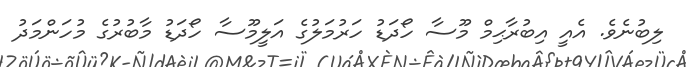
ލިބުނެވެ. އެއީ އިބުރާޙިމް މޫސާ ހޯދަޑު ހަރުމަލުގެ އަލީމޫސާ ހޯދަޑު މާބުރުގެ މުހަންމަދު